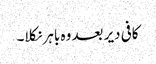
کافی دیر بعد وہ باہر نکلا۔